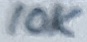
Text: 10K